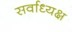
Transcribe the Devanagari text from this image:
सर्वाध्यक्ष